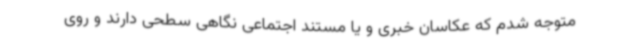
متوجه شدم که عکاسان خبری و یا مستند اجتماعی نگاهی سطحی دارند و روی